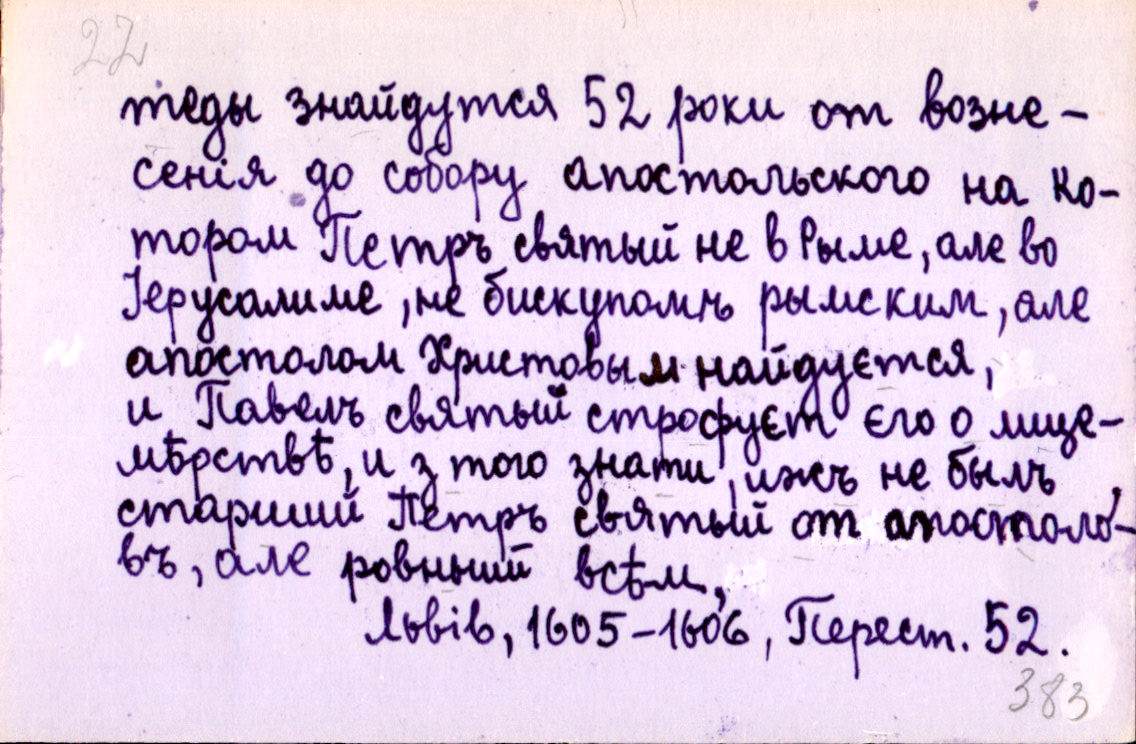
теды знайдутся 52 роки от возне-
сенія до собору апостольского на ко-
тором Петръ святый не в Рымеѣ, але во
Іерусалиме, не бискупомъ рымским, але
апостолом Христовым найдуєтся,
и Павелъ святый строфуєт єго о лице-
мѣрствѣ, и з того знати, иж не былъ
старший Петръ святый от апостоло-
въ, але ровный всѣм,
Львів, 1605-1606, Перест. 52.